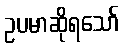
ဥပမာဆိုရသော်